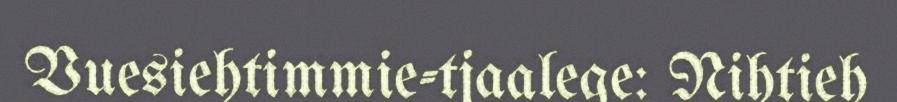
Vuesiehtimmie-tjaalege: Nihtieh